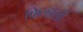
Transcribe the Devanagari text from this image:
फिल्हाली